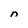
Character: n